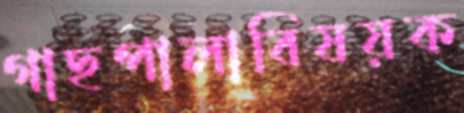
গাছপালাবিষয়ক